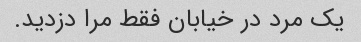
یک مرد در خیابان فقط مرا دزدید.